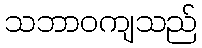
သဘာဝကျသည်